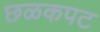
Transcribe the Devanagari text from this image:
छळकपट